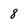
Character: 8